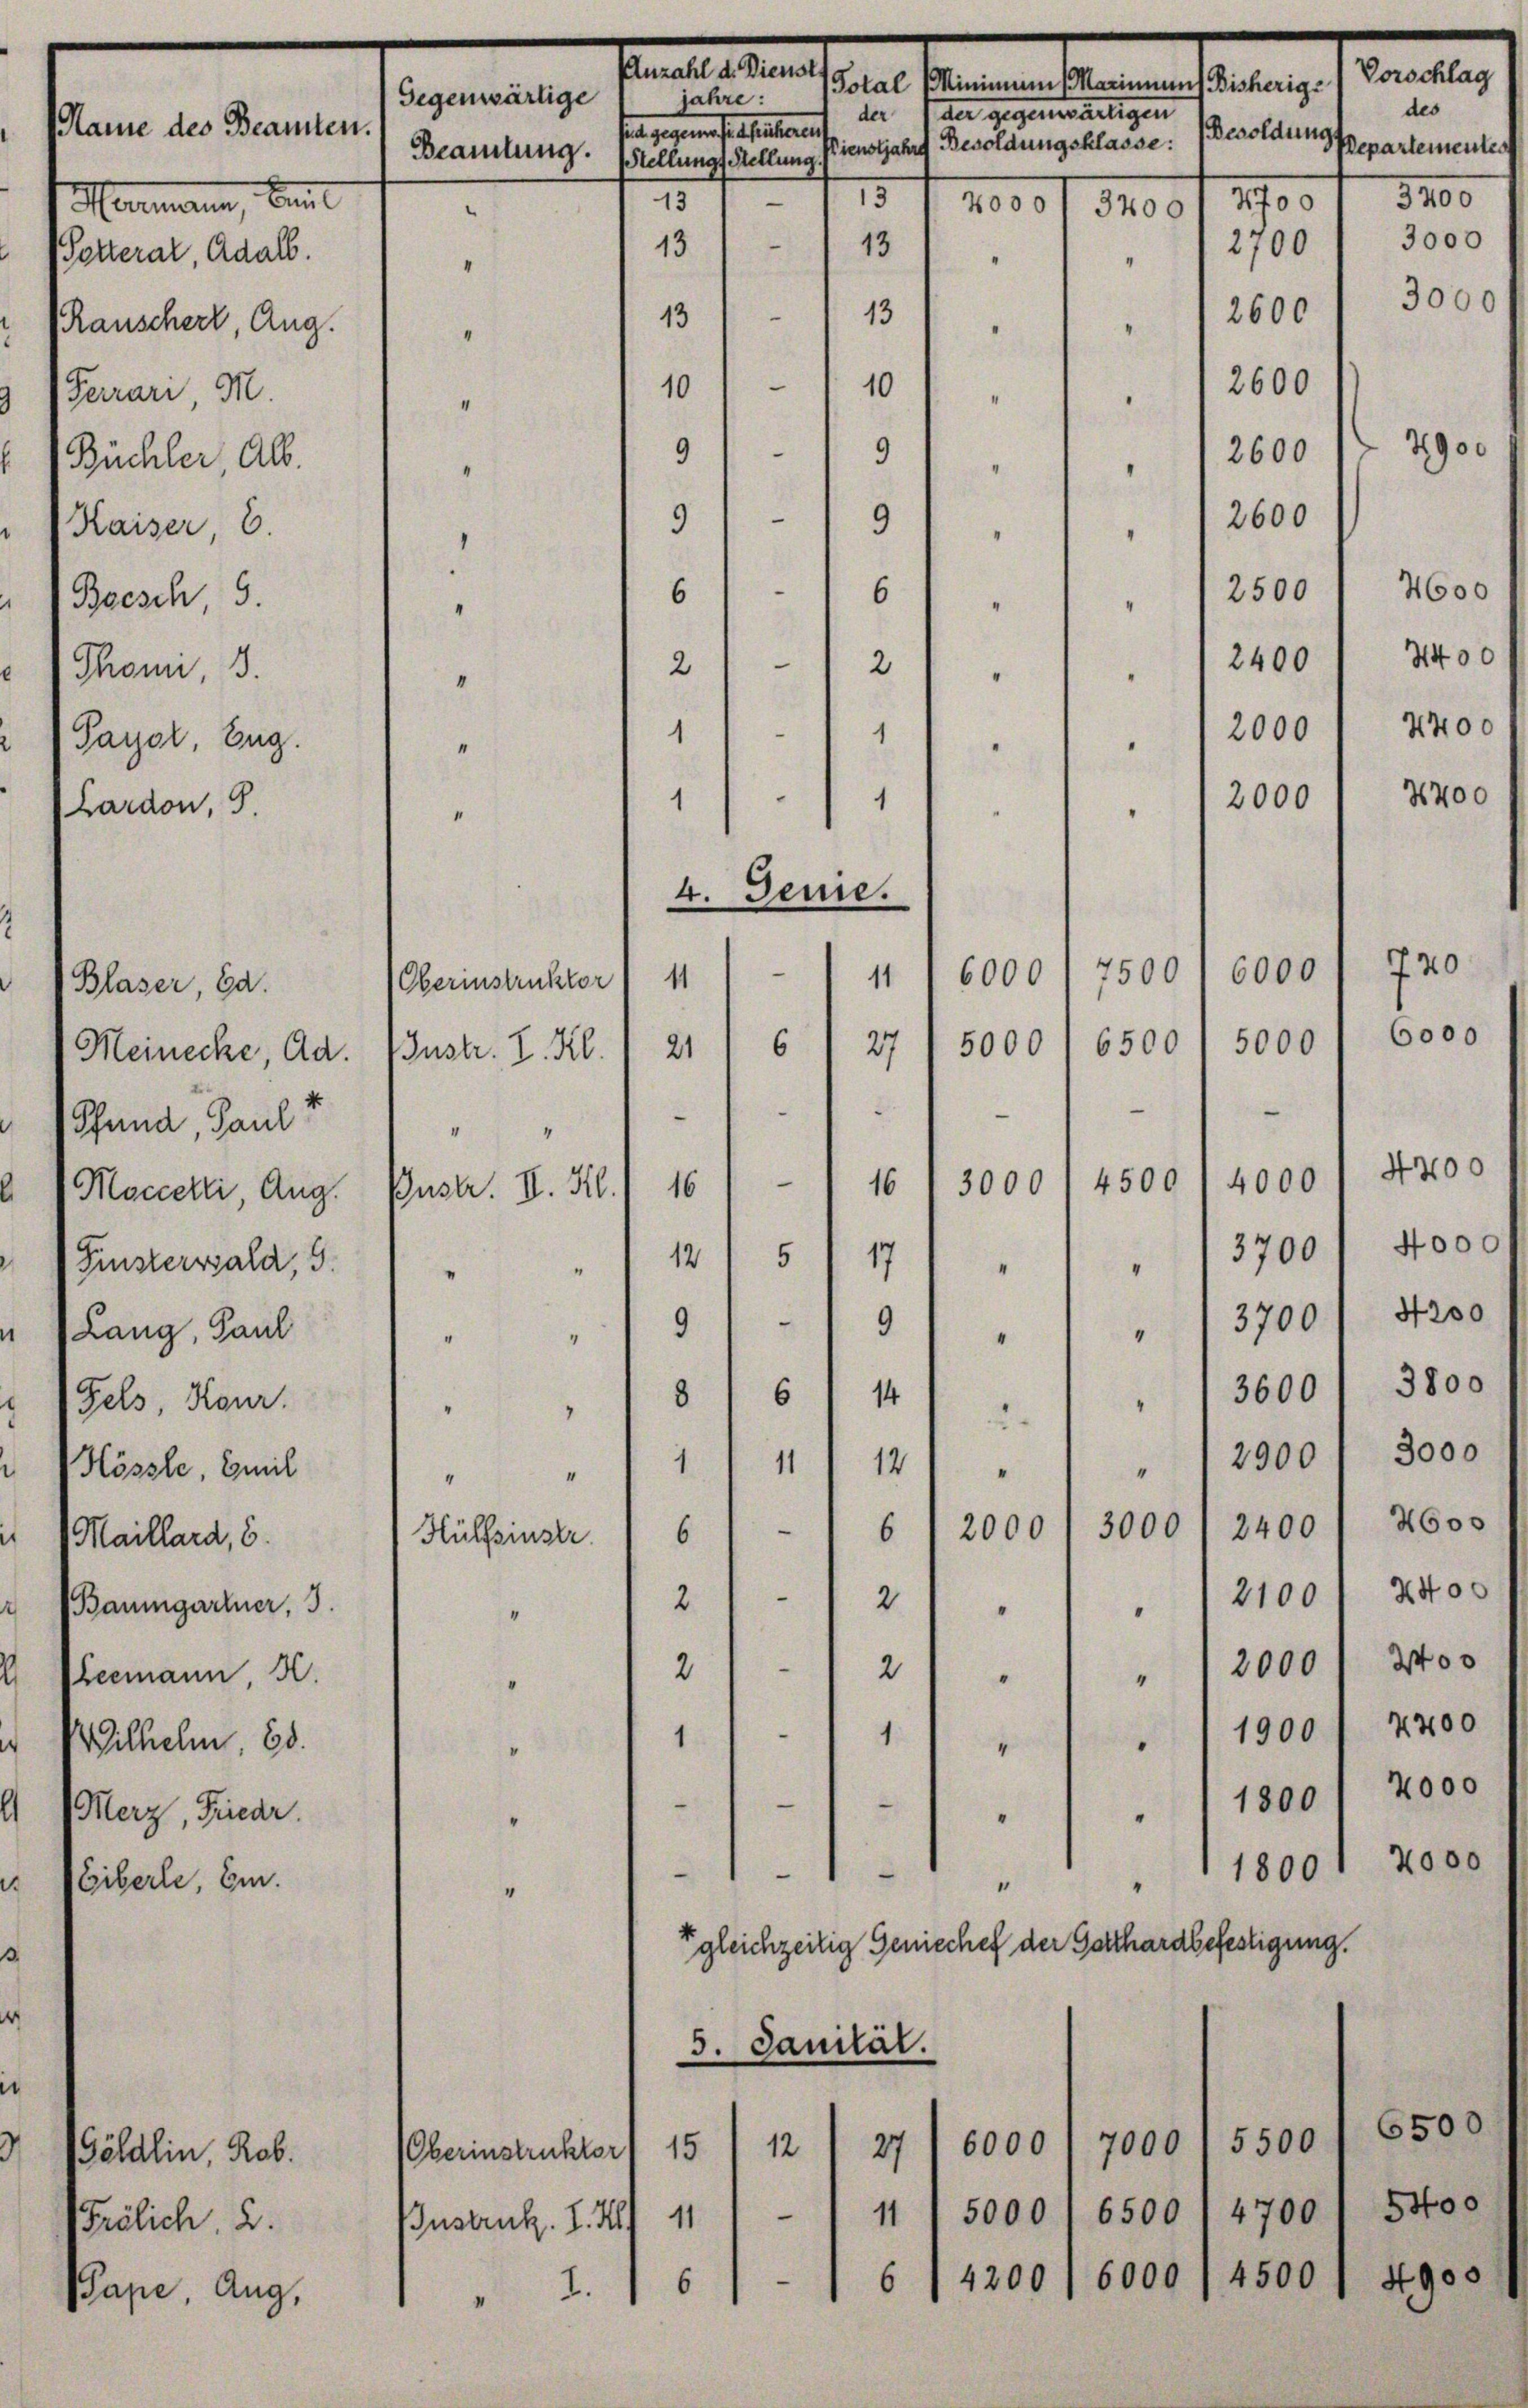
Petterat, Adalb.
Rauschert, Aug.
Ferrari, M
Büchler, Alb.
Kaiser 6.
Beesch 5
Thon, 3.
Payol, Eug.
Lardon,

Anzahl d. Dienst
jahre:
Gegenwärtige
ame des Beamten.
sia, gegenheit einsament
Beamtung. (Stellungs Stellung fienstjahre Besoldungsklasse:
15
—
13
Mammann, Beit

Blaser, Ed.
Meinecke, Ad.
Pfund, Paul!
Maccerli, Aug.
Finsterssala, 9.
Lang, Paul
Fels, Kour.
Hössle, Emil
Maillard, 6.
Baumgartner, 3.
Pleemann, K.
Wilhelm, 20.
Merz, Frieder.
Giberle, Ei.

Göldlin, Rob.
Frölich. 2.
Pape, Aug.

I
“
“
“
“
4
“
“
11
Oberinstruktor
21
Instr. I. Kl.
1
I
16
ustr. II. Kl
12
"
“
po
8
4
“
"
"
6
Hülfsinstr.
“
2
“
1
"
—
"
“

Oberinstrukter
Insbruck. I. I

der. I der gegenwärtigen
e
13
13
|
13
13
10
10
I
99
"
.
e
9
31
"
.
6
6
“
2112
"
11
"
.
1
1
"
4. Jenne.

2000 1 2400
6000
7500
11
5000
6
6500
27
2.
—
1
—
4500
3000
16
5
171 " " " 13700/ 4000
919
“
“
3600/ 3800
6
14
2.
1 11
12
"
"
3000
2000
6
21001 2400
21/2
"
“
2000 f 2400
2
"
“
.
" 1 1900/ 4400
1
1800 / 2000
1
.
e
18001 2000
1
“
"
gleichzeitig Geniechef der Gotthardbefestigung.
3. Janität.
6500
5500
6000
7000
12
27
15
11 1 5000) 6500 / 4700 / Stos
—
11
4500 f 4900
6000
4200
6
6

1.

2000

4700
4000 1 4200
3700/ 4200
2900 1 3000
2400 / 4600

Total Minimum Marinnent Bisherige

6000

5000

4000
3400
.

.

Besoldung
Repartementes
3400
7700
2700
3000
2600
2600
7900
2600

2600
" 12500
2400 1 2400

des

Vorschlag

4600

3000

720
6000